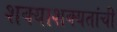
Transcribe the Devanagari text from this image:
शक्याशक्यतांची